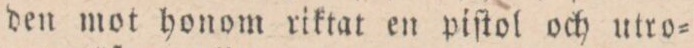
den mot honom riktat en piſtol och utro=